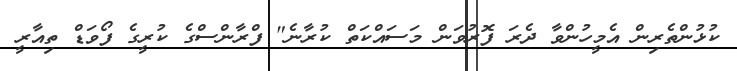
ކުޅުންތެރިން އެމީހުންވާ ދެރަ ފޮރުވަން މަސައްކަތް ކުރާނެ" ފްރާންސްގެ ކުރީގެ ފޯވަޑް ތިއާރީ